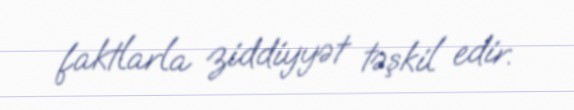
faktlarla ziddiyyət təşkil edir.